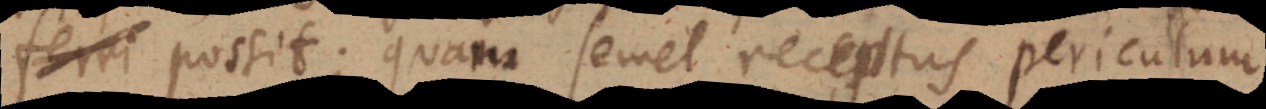
ri possit; quam semel receptus periculum